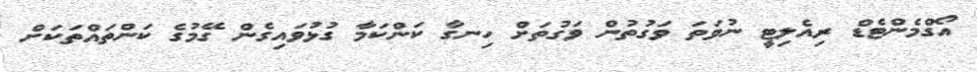
އޯގްމެންޓެޑް ރިއެލިޓީ ނުވަތަ ވަގުތުން ވަގުތަށް ހިނގާ ކަންކަމާ ގުޅުވައިގެން ގޭމުގެ ކަންތައްތަކަށް